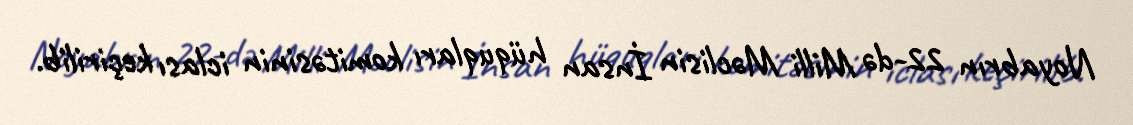
Noyabrın 22-də Milli Məclisin İnsan hüquqları komitəsinin iclası keçirilib.